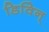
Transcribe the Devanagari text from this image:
डिविन्